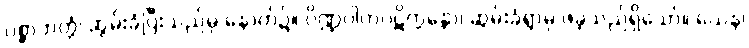
ပစ္ဆာဘတ္တံ၊ ဆွမ်းခံပြီးသည်မှ နောက်၌။ ပိဏ္ဍပါတပ္ပဋိက္ကန္တော၊ ဆွမ်းခံရွာမှ ဖဲခဲ့သည်ရှိသော်။ ယေန၊